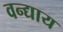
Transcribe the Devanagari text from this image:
वन्द्याय